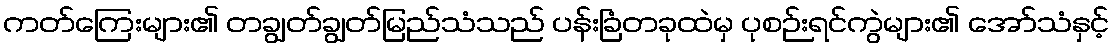
ကတ်ကြေးများ၏ တချွတ်ချွတ်မြည်သံသည် ပန်းခြံတခုထဲမှ ပုစဉ်းရင်ကွဲများ၏ အော်သံနှင့်